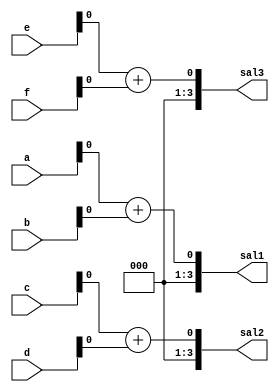
module functionVerilog (
    input [3:0]a, b, c, d, e, f, 
    output [3:0] sal1,sal2,sal3
);
    
    function suma;
        input [3:0] op1, op2;
        begin
            suma = op1 + op2;    
        end
    endfunction

    assign sal1 = suma(a,b);
    assign sal2 = suma(c,d);
    assign sal3 = suma(e,f);

endmodule